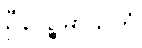
ဦနပဉ္စမာသကံ